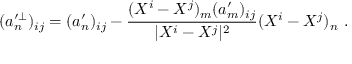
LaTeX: ( a _ { n } ^ { \prime \perp } ) _ { i j } = ( a _ { n } ^ { \prime } ) _ { i j } - \frac { ( X ^ { i } - X ^ { j } ) _ { m } ( a _ { m } ^ { \prime } ) _ { i j } } { | X ^ { i } - X ^ { j } | ^ { 2 } } ( X ^ { i } - X ^ { j } ) _ { n } \ .